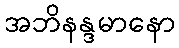
အဘိနန္ဒမာနော